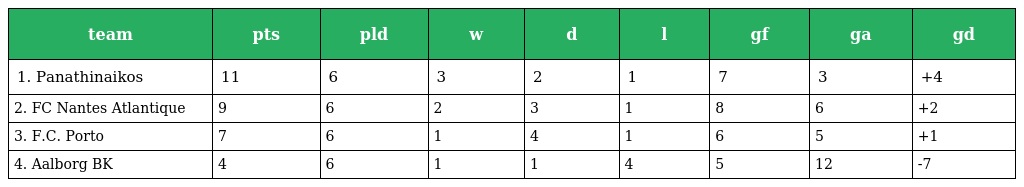
| team | pts | pld | w | d | l | gf | ga | gd |
 | --- | --- | --- | --- | --- | --- | --- | --- | --- |
 | 1. Panathinaikos | 11 | 6 | 3 | 2 | 1 | 7 | 3 | +4 |
 | 2. FC Nantes Atlantique | 9 | 6 | 2 | 3 | 1 | 8 | 6 | +2 |
 | 3. F.C. Porto | 7 | 6 | 1 | 4 | 1 | 6 | 5 | +1 |
 | 4. Aalborg BK | 4 | 6 | 1 | 1 | 4 | 5 | 12 | -7 |